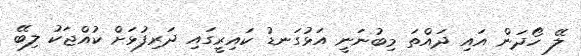
ލޭ ހޯދަން އައި ދައްތަ މިބުނަނީ އަޅުގަނޑު ކައިރީގައި ދަރިފުޅަށް ކުއްޖަކު ލިބޭ